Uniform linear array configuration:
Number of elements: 64
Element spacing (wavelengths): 1
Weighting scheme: kaiser
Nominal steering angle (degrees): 30
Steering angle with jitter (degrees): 30.624
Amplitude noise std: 0.05
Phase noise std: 0.05

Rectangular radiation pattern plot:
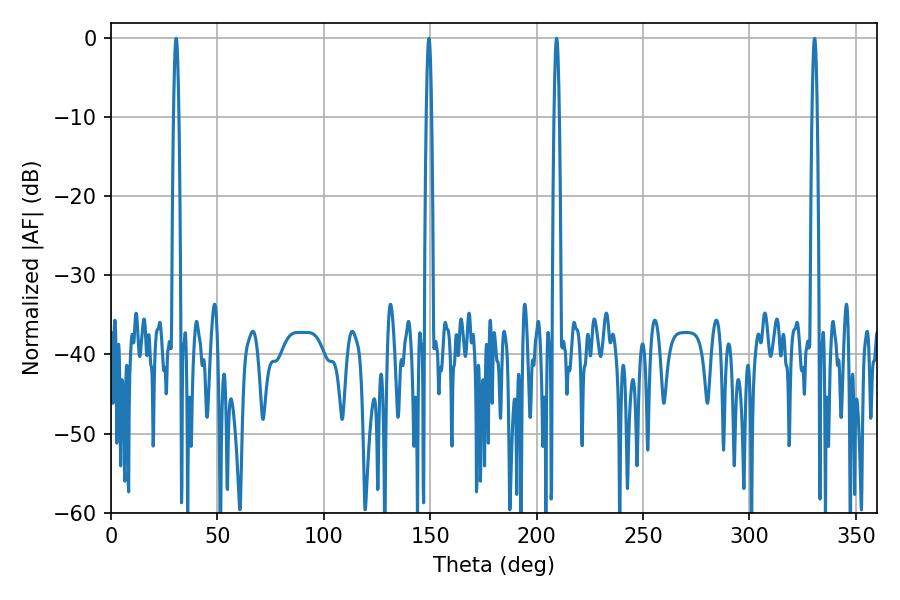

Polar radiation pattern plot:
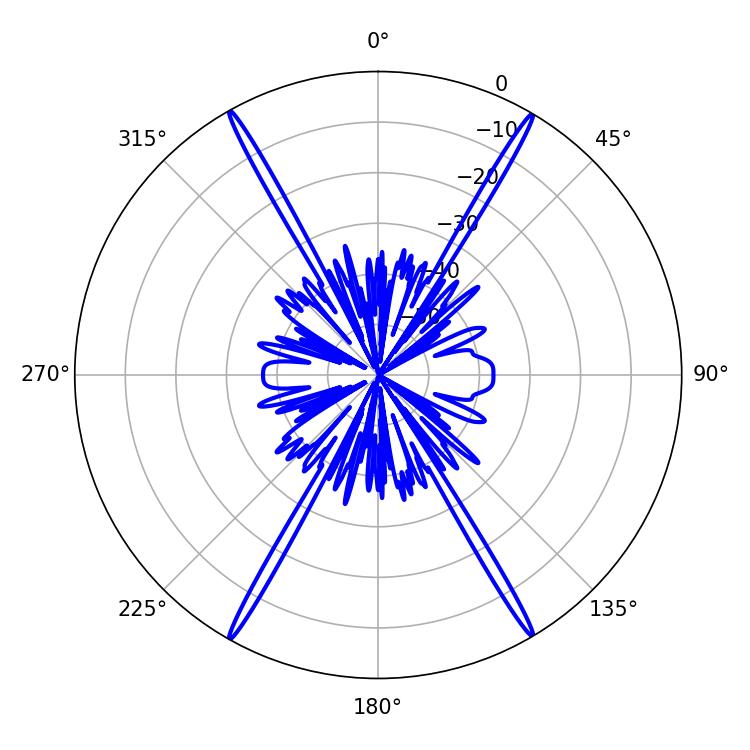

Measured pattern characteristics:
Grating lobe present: TRUE
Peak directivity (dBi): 31.87
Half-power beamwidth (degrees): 1.44
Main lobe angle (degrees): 30.6